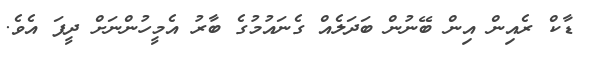
ޑާކް ރެއިން އިން ބޭނުން ބަދަލެއް ގެނައުމުގެ ބާރު އެމީހުންނަށް ދީފަ އެވެ.